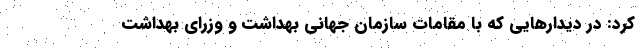
کرد: در دیدارهایی که با مقامات سازمان جهانی بهداشت و وزرای بهداشت